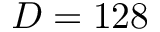
D = 1 2 8